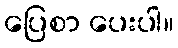
ပြေစာ ပေးပါ။